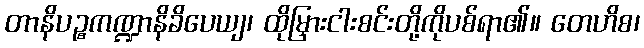
တာနိပဉ္စကဏ္ဍာနိခိပေယျ၊ ထိုမြှားငါးစင်းတို့ကိုပစ်ရာ၏။ တေဟိစ၊